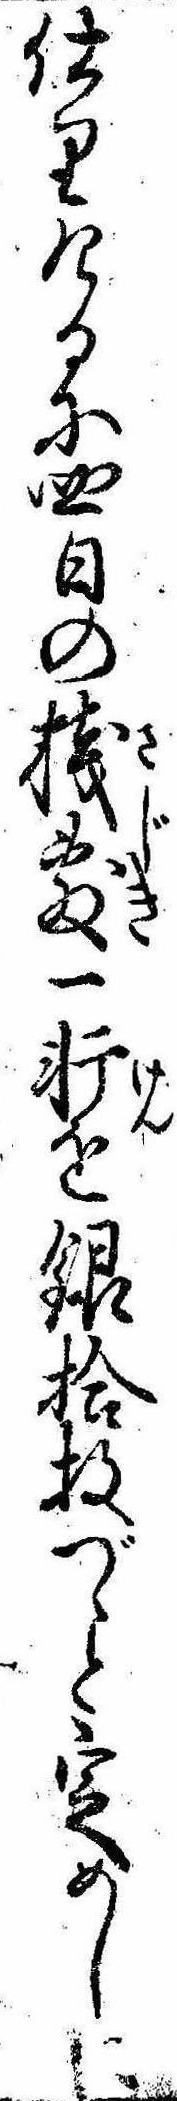
仕りけるに四日の桟敷一軒を銀拾枚づゝと定めしに